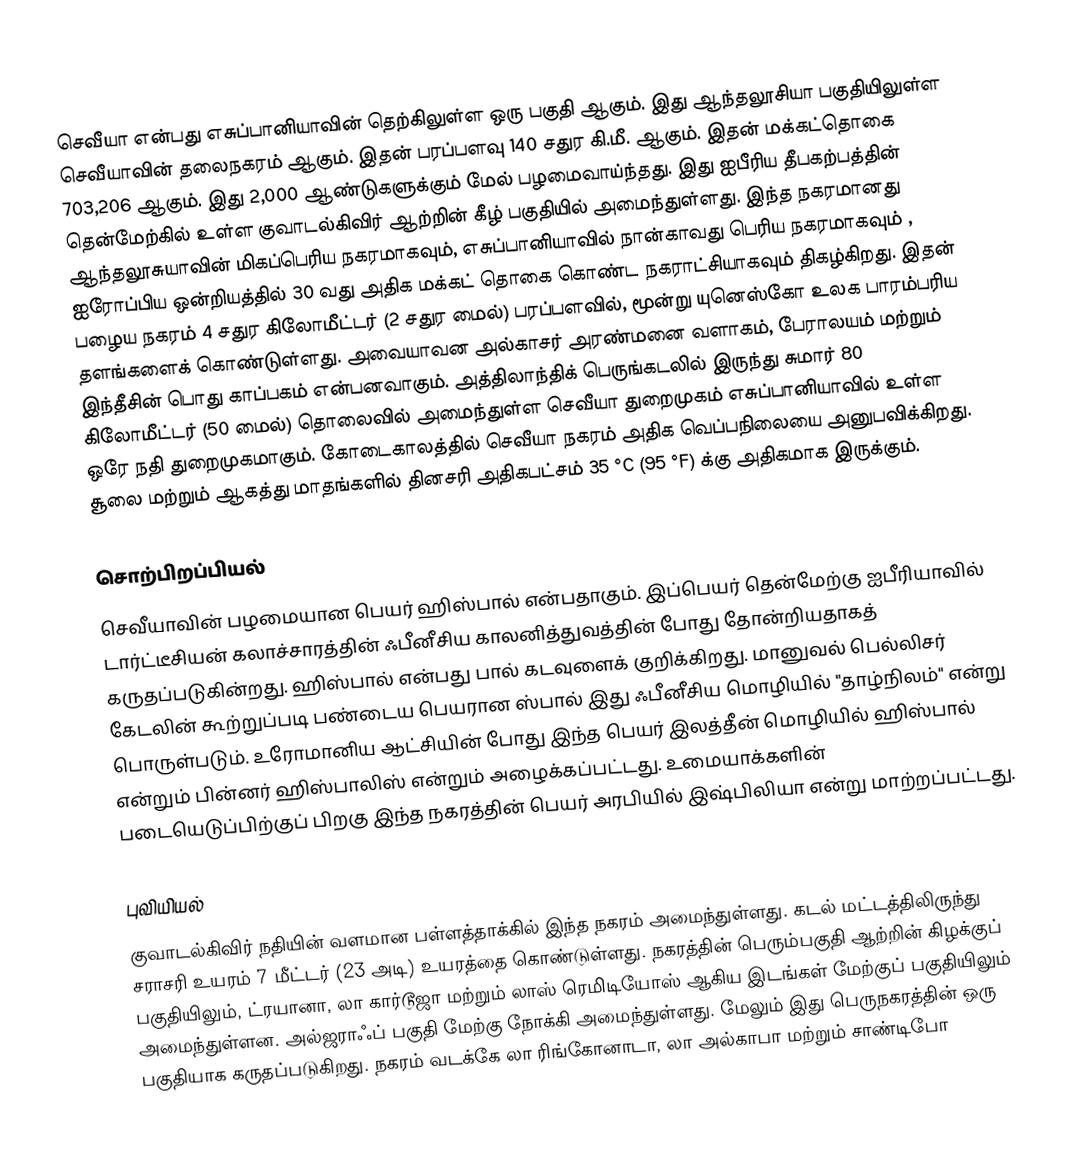
செவீயா என்பது எசுப்பானியாவின் தெற்கிலுள்ள ஒரு பகுதி ஆகும். இது ஆந்தலூசியா பகுதியிலுள்ள செவீயாவின் தலைநகரம் ஆகும். இதன் பரப்பளவு 140 சதுர கி.மீ. ஆகும். இதன் மக்கட்தொகை 703,206 ஆகும். இது 2,000 ஆண்டுகளுக்கும் மேல் பழமைவாய்ந்தது. இது ஐபீரிய தீபகற்பத்தின் தென்மேற்கில் உள்ள குவாடல்கிவிர் ஆற்றின் கீழ் பகுதியில் அமைந்துள்ளது. இந்த நகரமானது ஆந்தலூசுயாவின் மிகப்பெரிய நகரமாகவும், எசுப்பானியாவில் நான்காவது பெரிய நகரமாகவும் , ஐரோப்பிய ஒன்றியத்தில் 30 வது அதிக மக்கட் தொகை கொண்ட நகராட்சியாகவும் திகழ்கிறது. இதன் பழைய நகரம் 4 சதுர கிலோமீட்டர் (2 சதுர மைல்) பரப்பளவில், மூன்று யுனெஸ்கோ உலக பாரம்பரிய தளங்களைக் கொண்டுள்ளது. அவையாவன அல்காசர் அரண்மனை வளாகம், பேராலயம் மற்றும் இந்தீசின் பொது காப்பகம் என்பனவாகும். அத்திலாந்திக் பெருங்கடலில் இருந்து சுமார் 80 கிலோமீட்டர் (50 மைல்) தொலைவில் அமைந்துள்ள செவீயா துறைமுகம் எசுப்பானியாவில் உள்ள ஒரே நதி துறைமுகமாகும்.  கோடைகாலத்தில் செவீயா நகரம் அதிக வெப்பநிலையை அனுபவிக்கிறது. சூலை மற்றும் ஆகத்து மாதங்களில் தினசரி அதிகபட்சம் 35 °C (95 °F) க்கு அதிகமாக இருக்கும்.

சொற்பிறப்பியல்
செவீயாவின் பழமையான பெயர் ஹிஸ்பால் என்பதாகும். இப்பெயர் தென்மேற்கு ஐபீரியாவில் டார்ட்டீசியன் கலாச்சாரத்தின் ஃபீனீசிய காலனித்துவத்தின் போது தோன்றியதாகத் கருதப்படுகின்றது. ஹிஸ்பால் என்பது பால் கடவுளைக் குறிக்கிறது. மானுவல் பெல்லிசர் கேடலின் கூற்றுப்படி பண்டைய பெயரான ஸ்பால் இது ஃபீனீசிய மொழியில் "தாழ்நிலம்" என்று பொருள்படும்.  உரோமானிய ஆட்சியின் போது இந்த பெயர் இலத்தீன் மொழியில் ஹிஸ்பால் என்றும் பின்னர் ஹிஸ்பாலிஸ் என்றும் அழைக்கப்பட்டது. உமையாக்களின் படையெடுப்பிற்குப் பிறகு இந்த நகரத்தின் பெயர் அரபியில் இஷ்பிலியா என்று மாற்றப்பட்டது.

புவியியல்
குவாடல்கிவிர் நதியின் வளமான பள்ளத்தாக்கில் இந்த நகரம் அமைந்துள்ளது. கடல் மட்டத்திலிருந்து சராசரி உயரம் 7 மீட்டர் (23 அடி) உயரத்தை கொண்டுள்ளது. நகரத்தின் பெரும்பகுதி ஆற்றின் கிழக்குப் பகுதியிலும், ட்ரயானா, லா கார்டூஜா மற்றும் லாஸ் ரெமிடியோஸ் ஆகிய இடங்கள் மேற்குப் பகுதியிலும் அமைந்துள்ளன. அல்ஜராஃப் பகுதி மேற்கு நோக்கி அமைந்துள்ளது. மேலும் இது பெருநகரத்தின் ஒரு பகுதியாக கருதப்படுகிறது. நகரம் வடக்கே லா ரிங்கோனாடா, லா அல்காபா மற்றும் சாண்டிபோ